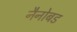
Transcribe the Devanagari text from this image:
नैनोबड